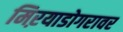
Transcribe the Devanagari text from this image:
मिऱयाडोगरावर